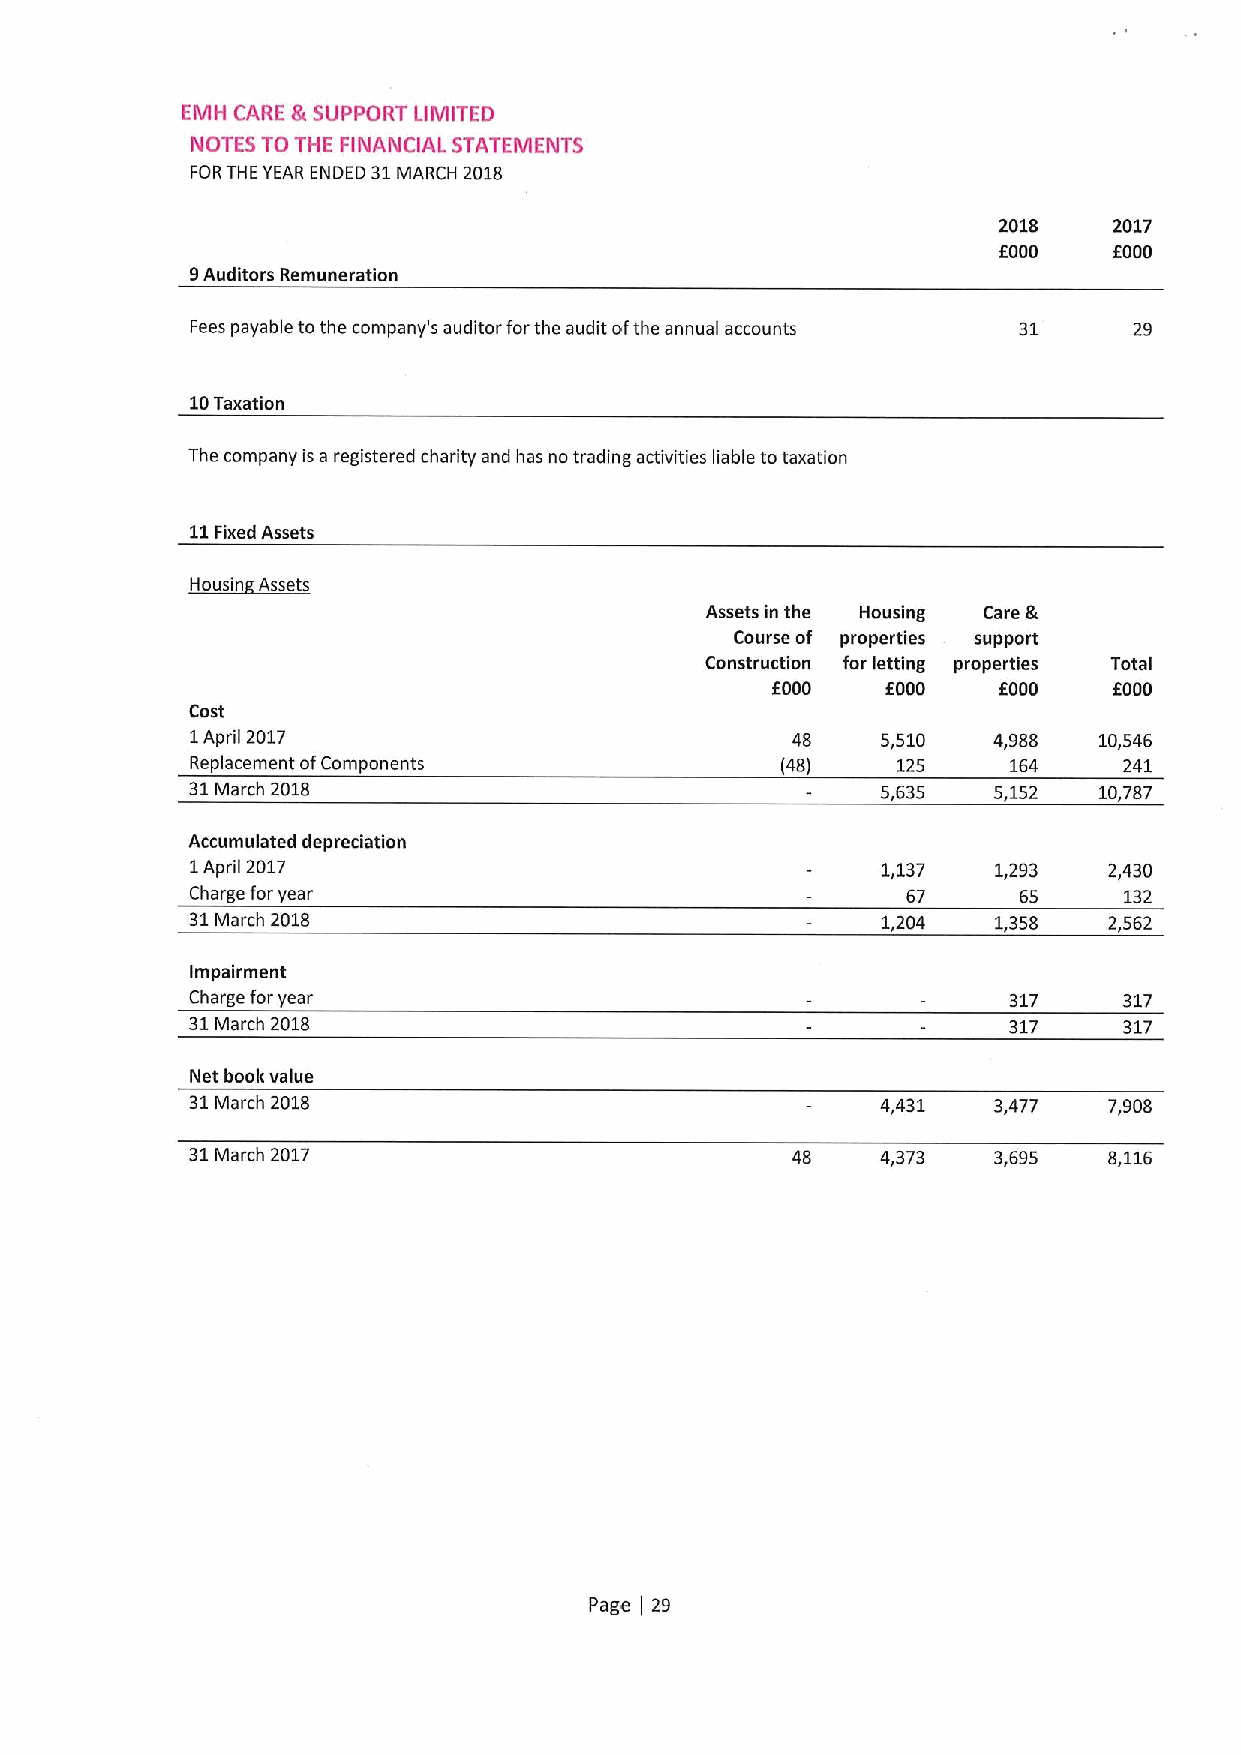
EMH CARE &SUPPORT LIMITED
 NOTES TO THE FINANCIAL STATEMENTS
 FORTHE YEAR ENDED 31MARCH 2018
 2018    2017
 8000    6000
 9Auditors Remuneration
 Fees payable tothe company's auditor forthe audit ofthe annual accounts 29
 10Taxation
 The company is a registered charity and has no trading activities liable totaxation
 11Fixed Assets
 ~Hi
 A
 Assets in the Housing Care &
 Course of properties support
 Construction for letting properties Total
 f000    f000   f000    6000
 Cost
 1April 2017                            48    5,510   4,988  10,546
 Replacement ofComponents               (48)   125     164    241
 31March 2018                                 5,635   5,152  10,787
 Accumulated depreciation
 1April 2017                                  1,137   1,293  2,430
 Charge for year                                67     65     132
 31March 2018                                 1,204   1,358  2,562
 Impairment
 Charge foryear                                        317    317
 31March 2018                                          317    317
 Net book value
 31March 2018                                 4,431   3,477  7,908
 31March 2017                           48    4,373   3,695  8,116
 Page 29
 I